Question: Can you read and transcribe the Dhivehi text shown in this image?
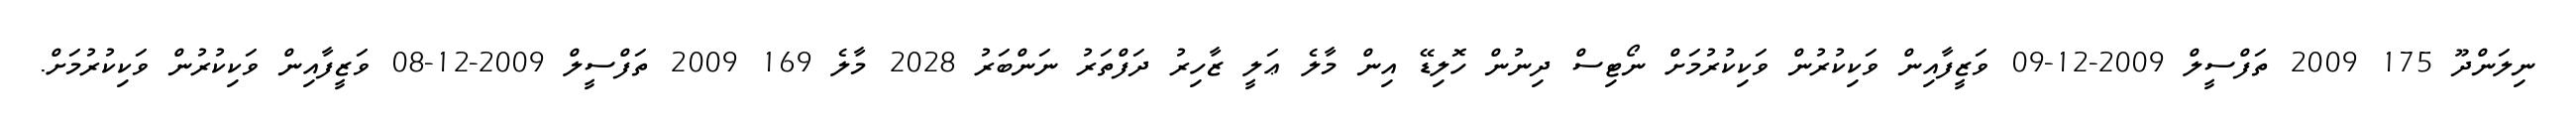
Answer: ނިލަންދޫ 175 2009 ތަފްސީލް 2009-12-09 ވަޒީފާއިން ވަކިކުރުން ވަކިކުރުމަށް ނޯޓިސް ދިނުން ހޮލިޑޭ އިން މާލެ ޢަލީ ޒާހިރު ދަފްތަރު ނަންބަރު 2028 މާލެ 169 2009 ތަފްސީލް 2009-12-08 ވަޒީފާއިން ވަކިކުރުން ވަކިކުރުމަށް.